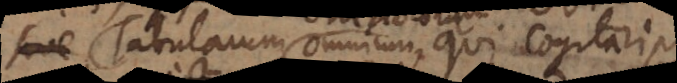
chororum omnium, qui cogitari